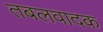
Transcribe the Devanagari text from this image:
तबलवादक